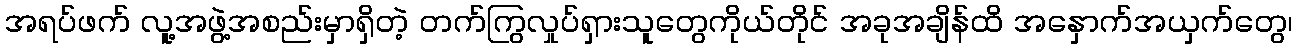
အရပ်ဖက် လူ့အဖွဲ့အစည်းမှာရှိတဲ့ တက်ကြွလှုပ်ရှားသူတွေကိုယ်တိုင် အခုအချိန်ထိ အနှောက်အယှက်တွေ၊